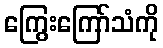
ကြွေးကြော်သံကို